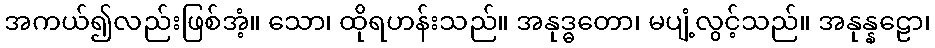
အကယ်၍လည်းဖြစ်အံ့။ သော၊ ထိုရဟန်းသည်။ အနုဒ္ဓတော၊ မပျံ့လွင့်သည်။ အနုန္နဠော၊